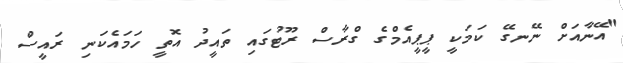
"އޭނާއަށް ނޭނގޭ ކަމަކީ ޕީޕީއެމްގެ ގްރާސް ރޫޓުގައި ތައީދު އޮތީ ހަމައެކަނި ރައީސް